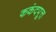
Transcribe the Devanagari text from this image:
ककंदपूत्त